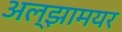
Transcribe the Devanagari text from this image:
अल्झामयर